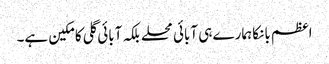
اعظم بانکا ہمارے ہی آبائی محلے بلکہ آبائی گلی کا مکین ہے۔